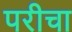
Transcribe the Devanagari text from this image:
परीचा